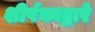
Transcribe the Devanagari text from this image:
शीर्षकाद्वारे